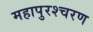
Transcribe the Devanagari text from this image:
महापुरश्चरण